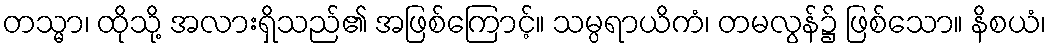
တသ္မာ၊ ထိုသို့ အလားရှိသည်၏ အဖြစ်ကြောင့်။ သမ္ပရာယိကံ၊ တမလွန်၌ ဖြစ်သော။ နိစယံ၊